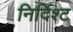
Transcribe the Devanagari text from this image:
निर्दिश्ट